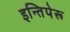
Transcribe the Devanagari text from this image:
इन्तिपेरू